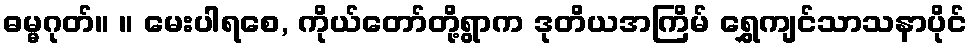
ဓမ္မဂုတ်။ ။ မေးပါရစေ, ကိုယ်တော်တို့ရွာက ဒုတိယအကြိမ် ရွှေကျင်သာသနာပိုင်